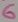
Text: 6